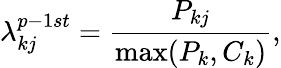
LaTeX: \lambda_{kj}^{p-1st}=\frac{P_{kj}}{\operatorname*{max}(P_{k},C_{k})},